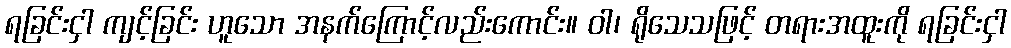
ရခြင်းငှါ ကျင့်ခြင်း ဟူသော အနက်ကြောင့်လည်းကောင်း။ ဝါ၊ ရိုသေသဖြင့် တရားအထူးကို ရခြင်းငှါ